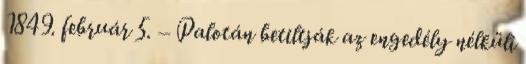
1849. február 5. – Palotán betiltják az engedély nélküli